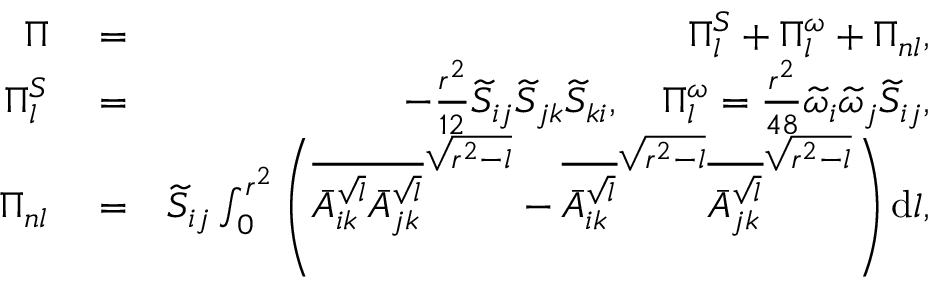
\begin{array} { r l r } { \Pi } & { { } = } & { \Pi _ { l } ^ { S } + \Pi _ { l } ^ { \omega } + \Pi _ { n l } , } \\ { \Pi _ { l } ^ { S } } & { { } = } & { - \frac { r ^ { 2 } } { 1 2 } \widetilde { S } _ { i j } \widetilde { S } _ { j k } \widetilde { S } _ { k i } , \quad \Pi _ { l } ^ { \omega } = \frac { r ^ { 2 } } { 4 8 } \widetilde { \omega } _ { i } \widetilde { \omega } _ { j } \widetilde { S } _ { i j } , } \\ { \Pi _ { n l } } & { { } = } & { \widetilde { S } _ { i j } \int _ { 0 } ^ { r ^ { 2 } } \left( \overline { { \bar { A } _ { i k } ^ { \sqrt { l } } \bar { A } _ { j k } ^ { \sqrt { l } } } } ^ { \sqrt { r ^ { 2 } - l } } - \overline { { \bar { A } _ { i k } ^ { \sqrt { l } } } } ^ { \sqrt { r ^ { 2 } - l } } \overline { { \bar { A } _ { j k } ^ { \sqrt { l } } } } ^ { \sqrt { r ^ { 2 } - l } } \right) \mathrm { d } l , } \end{array}